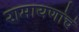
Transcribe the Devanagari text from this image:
रामायणांचं